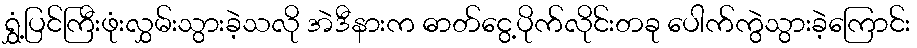
ရွှံ့ပြင်ကြီးဖုံးလွှမ်းသွားခဲ့သလို အဲဒီနားက ဓာတ်ငွေ့ပိုက်လိုင်းတခု ပေါက်ကွဲသွားခဲ့ကြောင်း